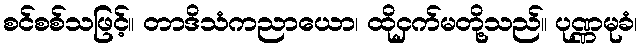
စင်စစ်သဖြင့်။ တာဒိသံကညာယော၊ ထိုငှက်မတို့သည်။ ပုဏ္ဏမုခံ၊